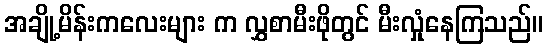
အချို့မိန်းကလေးများ က လွှစာမီးဖိုတွင် မီးလှုံနေကြသည်။